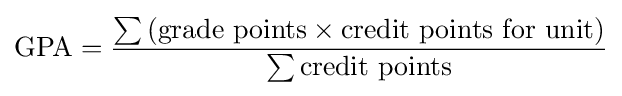
{\text{GPA}}={{\sum {({\text{grade points}}\times {\text{credit points for unit}})}} \over {\sum {\text{credit points}}}}